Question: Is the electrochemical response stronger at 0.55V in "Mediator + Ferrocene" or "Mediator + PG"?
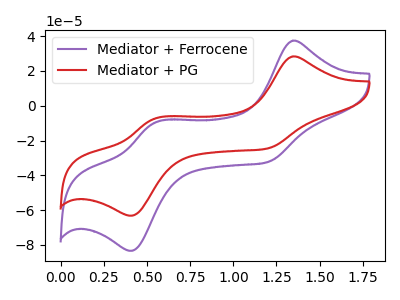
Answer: <think>The purple curve "Mediator + Ferrocene" has anodic peaks at (1.35V, 37.40uA) (0.55V, -9.65uA) and cathodic peaks at (1.20V, -32.40uA) (0.40V, -83.40uA). The red curve "Mediator + PG" has anodic peaks at (1.35V, 28.35uA) (0.55V, -7.30uA) and cathodic peaks at (1.20V, -24.55uA) (0.40V, -63.20uA).</think>
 <answer>The peak at 0.55V is lower in "Mediator + Ferrocene" than in "Mediator + PG".</answer>
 <eval>lower</eval>